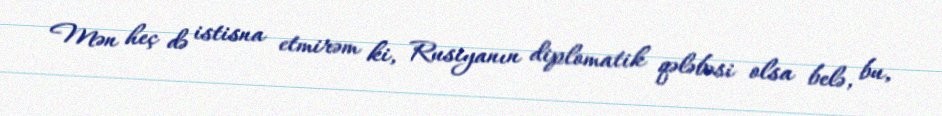
Mən heç də istisna etmirəm ki, Rusiyanın diplomatik qələbəsi olsa belə, bu,